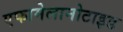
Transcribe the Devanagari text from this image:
एफामेलानोटाइड